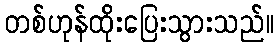
တစ်ဟုန်ထိုးပြေးသွားသည်။